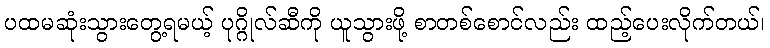
ပထမဆုံးသွားတွေ့ရမယ့် ပုဂ္ဂိုလ်ဆီကို ယူသွားဖို့ စာတစ်စောင်လည်း ထည့်ပေးလိုက်တယ်၊